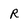
Character: R